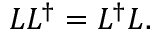
L L ^ { \dagger } = L ^ { \dagger } L .